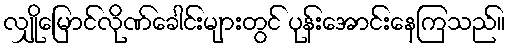
လျှိုမြောင်လိုဏ်ခေါင်းများတွင် ပုန်းအောင်းနေကြသည်။